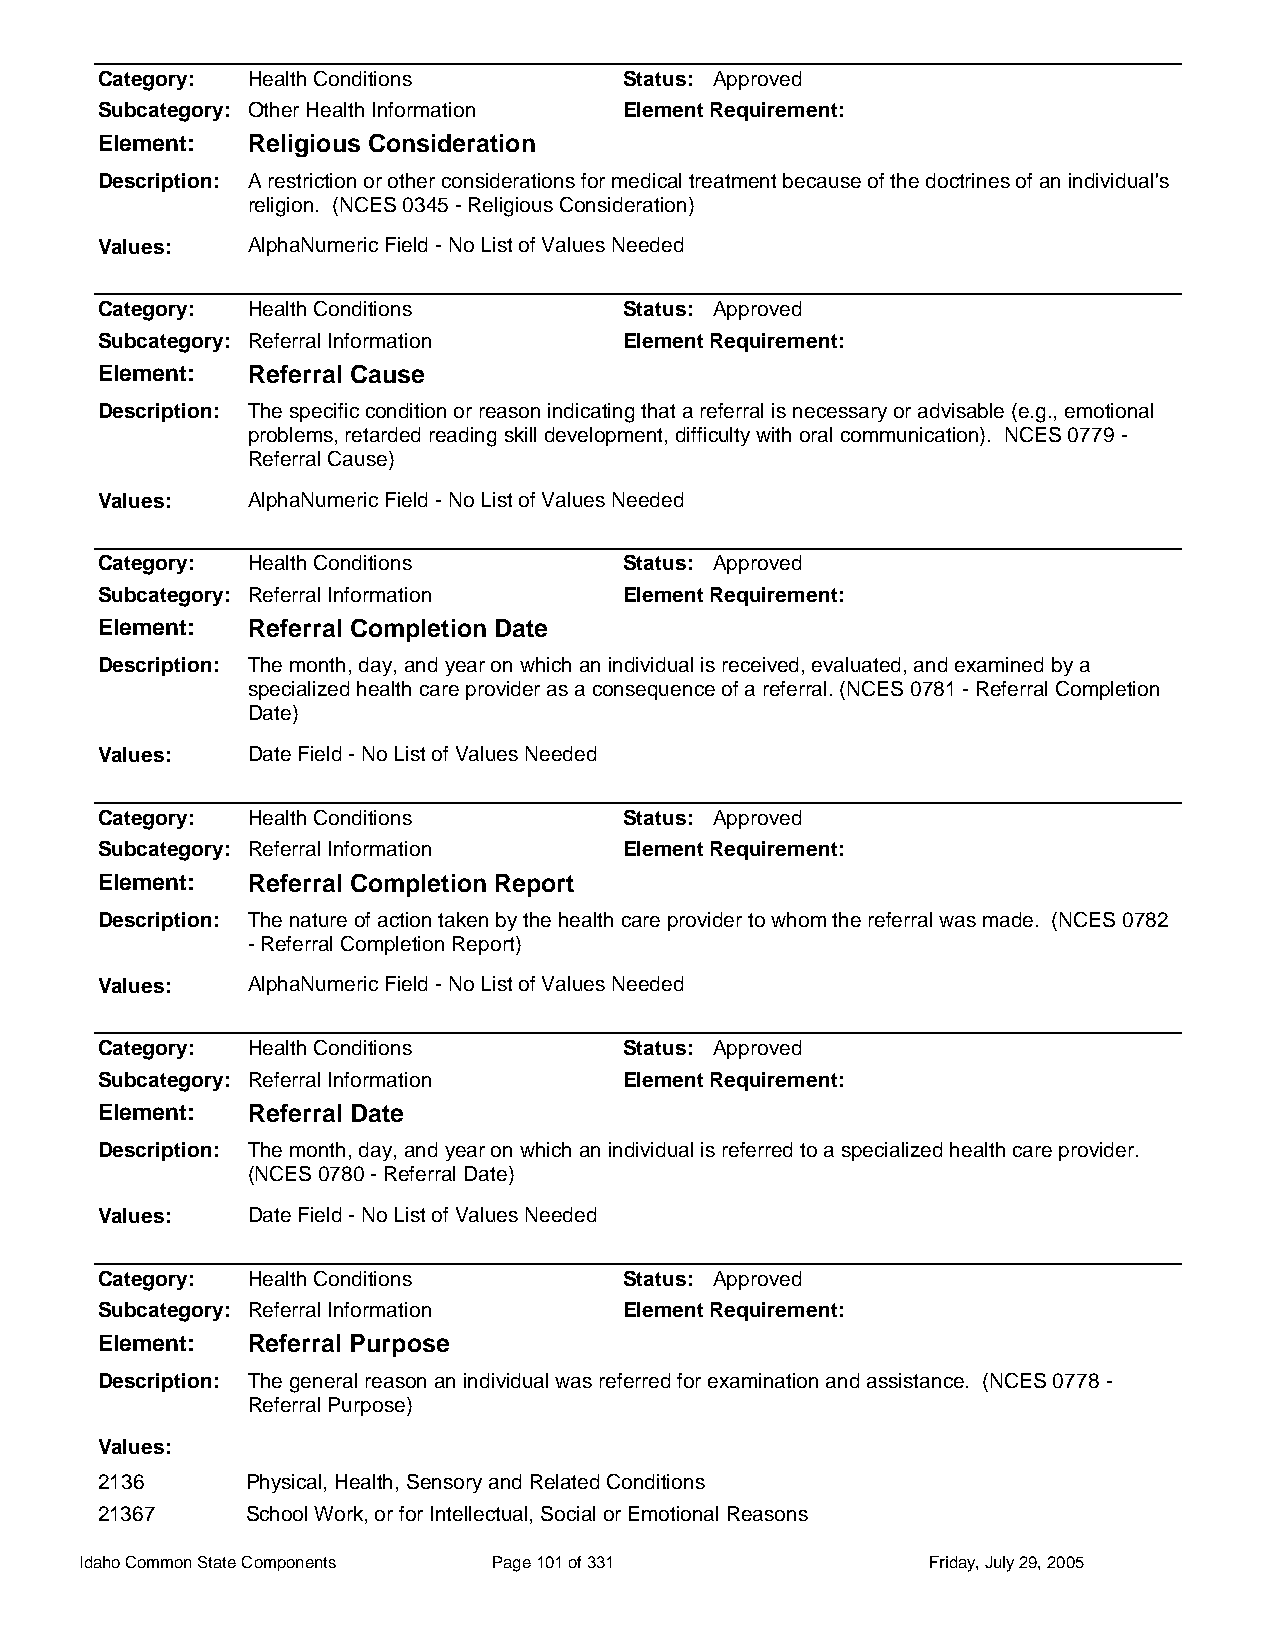
Category: Health Conditions        Status: Approved
 Subcategory: Other Health Information Element Requirement:
 Element:  Religious Consideration
 Description: A restriction or other considerations for medical treatment because of the doctrines of an individual's
 religion. (NCES 0345 - Religious Consideration)
 Values:   AlphaNumeric Field - No List of Values Needed
 Category: Health Conditions        Status: Approved
 Subcategory: Referral Information  Element Requirement:
 Element:  Referral Cause
 Description: The specific condition or reason indicating that a referral is necessary or advisable (e.g., emotional
 problems, retarded reading skill development, difficulty with oral communication). NCES 0779 -
 Referral Cause)
 Values:   AlphaNumeric Field - No List of Values Needed
 Category: Health Conditions        Status: Approved
 Subcategory: Referral Information  Element Requirement:
 Element:  Referral Completion Date
 Description: The month, day, and year on which an individual is received, evaluated, and examined by a
 specialized health care provider as a consequence of a referral. (NCES 0781 - Referral Completion
 Date)
 Values:   Date Field - No List of Values Needed
 Category: Health Conditions        Status: Approved
 Subcategory: Referral Information  Element Requirement:
 Element:  Referral Completion Report
 Description: The nature of action taken by the health care provider to whom the referral was made. (NCES 0782
 - Referral Completion Report)
 Values:   AlphaNumeric Field - No List of Values Needed
 Category: Health Conditions        Status: Approved
 Subcategory: Referral Information  Element Requirement:
 Element:  Referral Date
 Description: The month, day, and year on which an individual is referred to a specialized health care provider.
 (NCES 0780 - Referral Date)
 Values:   Date Field - No List of Values Needed
 Category: Health Conditions        Status: Approved
 Subcategory: Referral Information  Element Requirement:
 Element:  Referral Purpose
 Description: The general reason an individual was referred for examination and assistance. (NCES 0778 -
 Referral Purpose)
 Values:
 2136      Physical, Health, Sensory and Related Conditions
 21367     School Work, or for Intellectual, Social or Emotional Reasons
 Idaho Common State Components Page 101 of 331           Friday, July 29, 2005